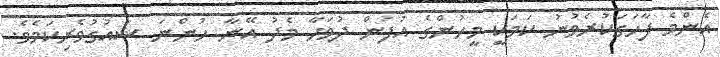
އެންމެ ފާހަގަކުރެވުނު ކަމަކީ މީހުންގެ އުފަން ދުވަހާ މެދު އޭނާ ހުންނަ ޝައުގުވެރިކަމެވެ.